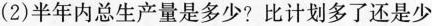
(2)半年内总生产量是多少?比计划多了还是少了，多